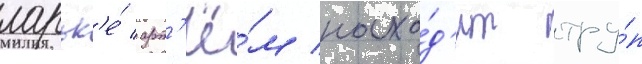
ларьк'е́ арт'ё́м нахо́д'ит тру́п